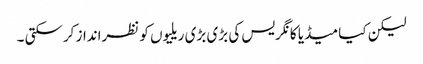
لیکن کیا میڈیا کانگریس کی بڑی بڑی ریلیوں کو نظرانداز کرسکتی ۔